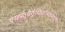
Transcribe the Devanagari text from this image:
एय्ह्व्र्तुयेर्तुय्तिउत्र्य्त्यिउएयुर्तिउ